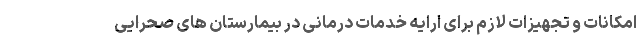
امکانات و تجهیزات لازم برای ارایه خدمات درمانی در بیمارستان های صحرایی